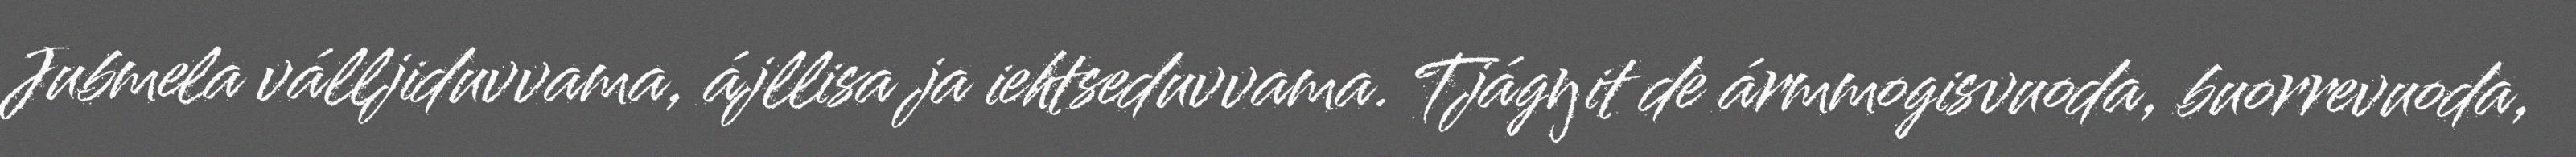
Jubmela válljiduvvama, ájllisa ja iehtseduvvama. Tjágŋit de ármmogisvuoda, buorrevuoda,